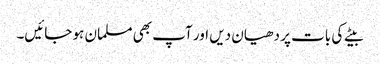
بیٹے کی بات پر دھیان دیں اور آپ بھی مسلمان ہو جائیں۔